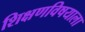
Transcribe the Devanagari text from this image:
शिक्षणविषयाला